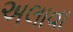
અલાવા